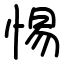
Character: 惕